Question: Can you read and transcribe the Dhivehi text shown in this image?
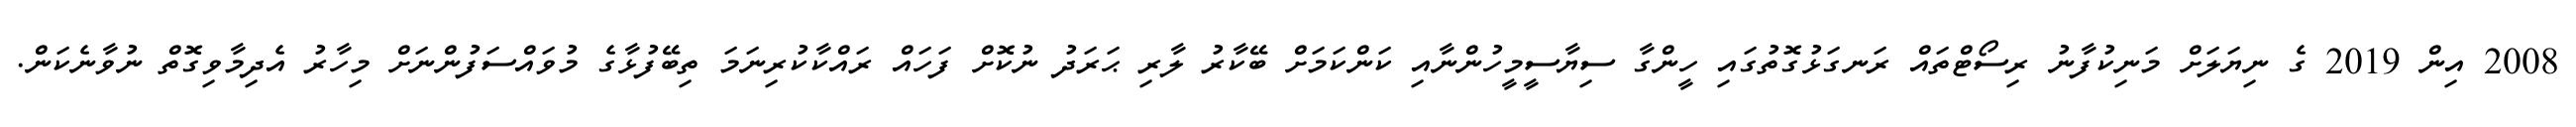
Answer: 2008 އިން 2019 ގެ ނިޔަލަށް މަނިކުފާނު ރިސޯޓްތައް ރަނގަޅުގޮތުގައި ހީންގާ ސިޔާސީމީހުންނާއި ކަންކަމަށް ބޭކާރު ލާރި ޙަރަދު ނުކޮށް ފަހައް ރައްކާކުރިނަމަ ތިބޭފުޅާގެ މުވައްސަފުންނަށް މިހާރު އެދިމާވިގޮތް ނުވާނެކަން.